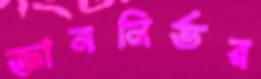
জ্ঞাননির্ভর